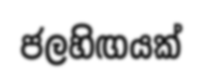
ජලහිඟයක්